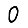
Digit: 0